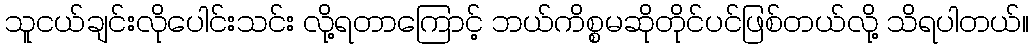
သူငယ်ချင်းလိုပေါင်းသင်း လို့ရတာကြောင့် ဘယ်ကိစ္စမဆိုတိုင်ပင်ဖြစ်တယ်လို့ သိရပါတယ်။